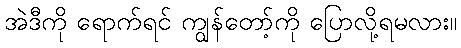
အဲဒီကို ရောက်ရင် ကျွန်တော့်ကို ပြောလို့ရမလား။